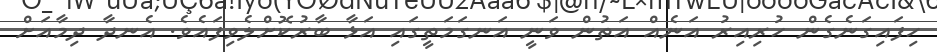
ހިފައިގަނެގެން ހުރިއިރު އަނެއް އަތުން ވަނީ އަނގަމަތީގައި އަޅާ ބާރުކޮށްލެވިފައެވެ. އެނދާ ދިމާއަށް